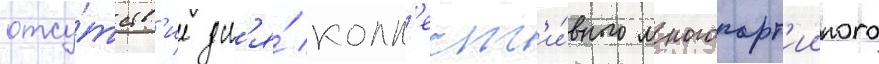
отсу́тств'ие дл'я́ колл'ект'и́вного многопарт'ииного